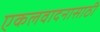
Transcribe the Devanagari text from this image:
एकलवादनासाठी